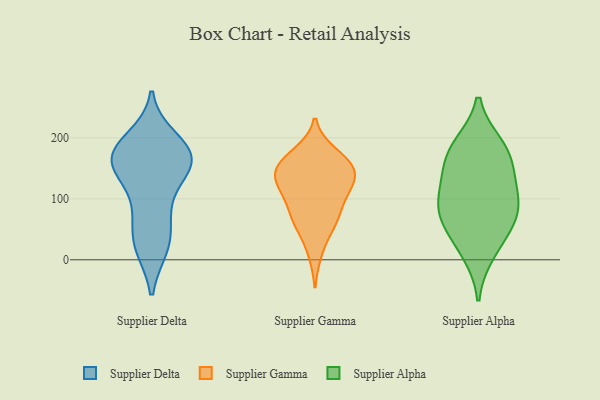
{"axis": {"x": "Conversion Rate (%)", "y": "Value"}, "legend": ["Supplier Alpha", "Supplier Delta", "Supplier Gamma"], "data": [{"x": "", "y": 161, "type": "Supplier Delta"}, {"x": "", "y": 151, "type": "Supplier Delta"}, {"x": "", "y": 88, "type": "Supplier Delta"}, {"x": "", "y": 76, "type": "Supplier Delta"}, {"x": "", "y": 33, "type": "Supplier Delta"}, {"x": "", "y": 172, "type": "Supplier Delta"}, {"x": "", "y": 22, "type": "Supplier Delta"}, {"x": "", "y": 22, "type": "Supplier Delta"}, {"x": "", "y": 140, "type": "Supplier Delta"}, {"x": "", "y": 180, "type": "Supplier Delta"}, {"x": "", "y": 197, "type": "Supplier Delta"}, {"x": "", "y": 154, "type": "Supplier Delta"}, {"x": "", "y": 172, "type": "Supplier Delta"}, {"x": "", "y": 176, "type": "Supplier Delta"}, {"x": "", "y": 54, "type": "Supplier Gamma"}, {"x": "", "y": 123, "type": "Supplier Gamma"}, {"x": "", "y": 164, "type": "Supplier Gamma"}, {"x": "", "y": 169, "type": "Supplier Gamma"}, {"x": "", "y": 81, "type": "Supplier Gamma"}, {"x": "", "y": 175, "type": "Supplier Gamma"}, {"x": "", "y": 150, "type": "Supplier Gamma"}, {"x": "", "y": 141, "type": "Supplier Gamma"}, {"x": "", "y": 142, "type": "Supplier Gamma"}, {"x": "", "y": 153, "type": "Supplier Gamma"}, {"x": "", "y": 68, "type": "Supplier Gamma"}, {"x": "", "y": 58, "type": "Supplier Gamma"}, {"x": "", "y": 116, "type": "Supplier Gamma"}, {"x": "", "y": 92, "type": "Supplier Gamma"}, {"x": "", "y": 129, "type": "Supplier Gamma"}, {"x": "", "y": 116, "type": "Supplier Gamma"}, {"x": "", "y": 11, "type": "Supplier Gamma"}, {"x": "", "y": 12, "type": "Supplier Alpha"}, {"x": "", "y": 187, "type": "Supplier Alpha"}, {"x": "", "y": 138, "type": "Supplier Alpha"}, {"x": "", "y": 108, "type": "Supplier Alpha"}, {"x": "", "y": 72, "type": "Supplier Alpha"}, {"x": "", "y": 161, "type": "Supplier Alpha"}, {"x": "", "y": 45, "type": "Supplier Alpha"}, {"x": "", "y": 94, "type": "Supplier Alpha"}, {"x": "", "y": 76, "type": "Supplier Alpha"}, {"x": "", "y": 182, "type": "Supplier Alpha"}]}